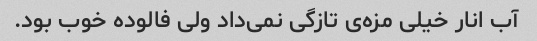
آب انار خیلی مزه‌ی تازگی نمی‌داد ولی فالوده خوب بود.